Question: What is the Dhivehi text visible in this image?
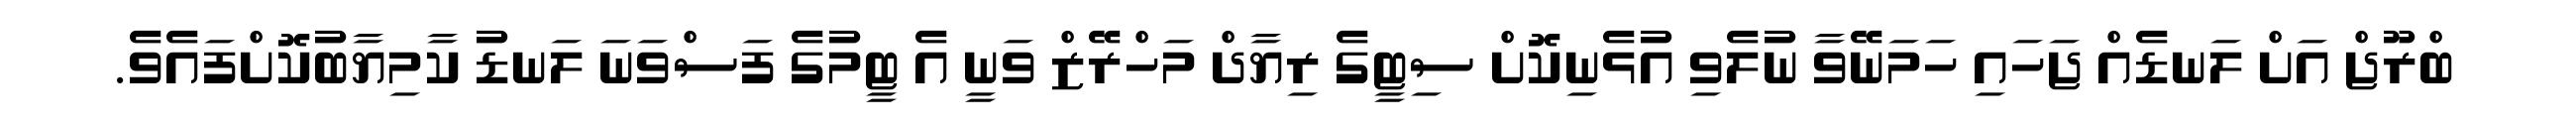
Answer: ބްރޫޖް އަށް ލަނޑެއް ޖަހައި ހަމަނޭވާ ނުލެވި އުޅެނިކޮށް ސިޓީގެ ރިޔާދް މަހްރޭޒް ވަނީ އެ ޓީމުގެ ފަސްވަނަ ލަނޑު ކާމިޔާބުކޮށްފައެވެ.